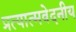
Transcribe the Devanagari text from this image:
प्रत्यात्मवेदनीय